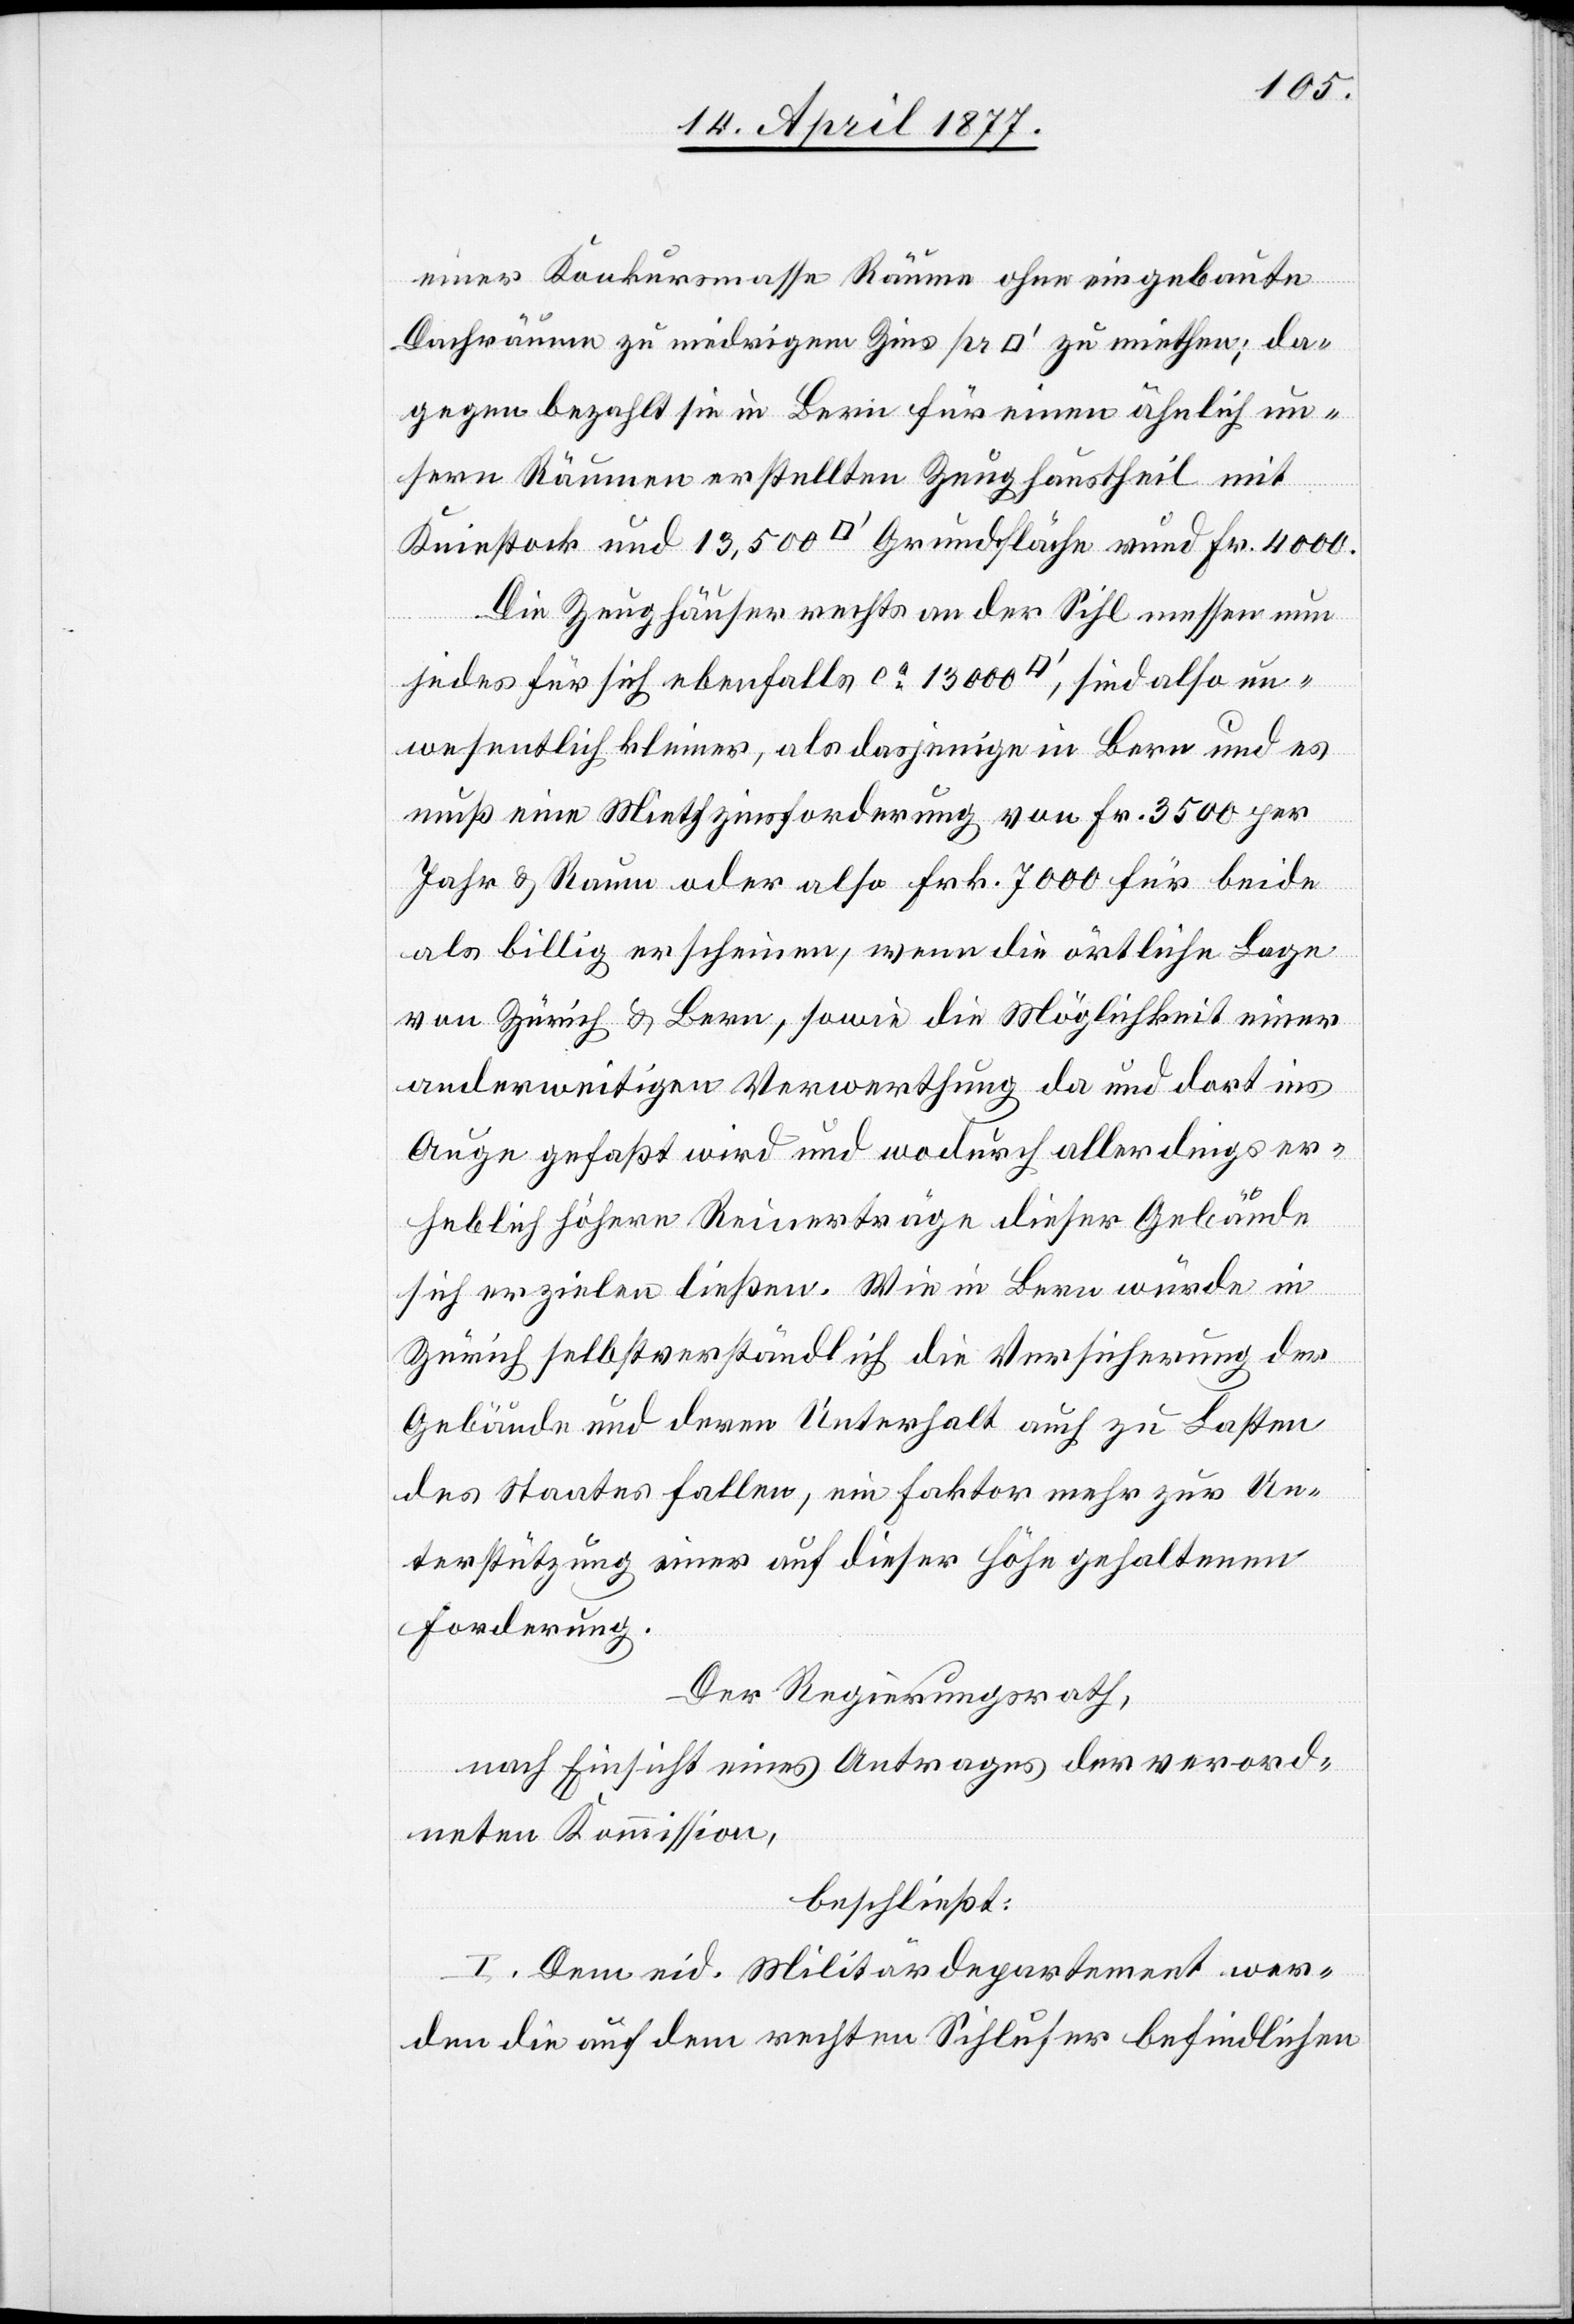
einer Konkursmasse Räume ohne eingebaute
Dachräume zu niedrigem Zins pr [Quadratfuss] zu miethen; da¬
gegen bezahlt sie in Bern für einen ähnlich un¬
sern Räumen erstellten Zeughaustheil mit
Die Zeughäuser rechts an der Sihl messen nun
jedes für sich ebenfalls ca 13,000 [Quadratfuss],
unwesentlich kleiner, als dasjenige in Bern und es
muß eine Miethzinsforderung von Fr. 3500 per
Jahr & Raum oder also Frk. 7000 für beide
als billig erscheinen, wenn die örtliche Lage
von Zürich & Bern, sowie die Möglichkeit einer
anderweitigen Verwerthung da und dort ins
Auge gefasst wird und wodurch allerdings er¬
heblich höhere Reinerträge dieser Gebäude
sich erzielen ließen. Wie in Bern würde in
Zürich selbstverständlich die Versicherung der
Gebäude und deren Unterhalt auch zu Lasten
des Staates fallen, ein Faktor mehr zur Un¬
terstützung einer auf dieser Höhe gehaltenen
Forderung.
Der Regierungsrath,
nach Einsicht eines Antrages der verord¬
neten Kommission,
beschließt:
I. Dem eid. Militärdepartement wer¬
den die auf dem rechten Sihlufer befindlichen